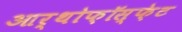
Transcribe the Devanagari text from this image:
आर्थोफ़ॉस्फ़ेट